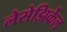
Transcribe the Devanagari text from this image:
लेसेझिर्केल